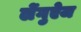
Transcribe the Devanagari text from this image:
लेंगुऐज